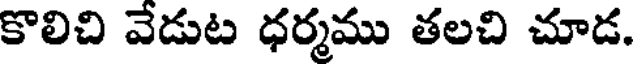
కొలిచి వేడుట ధర్మము తలచి చూడ.